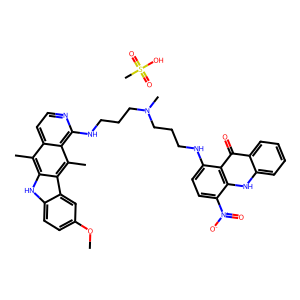
SMILES: COc1ccc2[nH]c3c(C)c4ccnc(NCCCN(C)CCCNc5ccc([N+](=O)[O-])c6[nH]c7ccccc7c(=O)c56)c4c(C)c3c2c1.CS(=O)(=O)O
Inhibits HIV replication: No